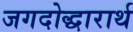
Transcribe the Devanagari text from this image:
जगदोद्धारार्थ